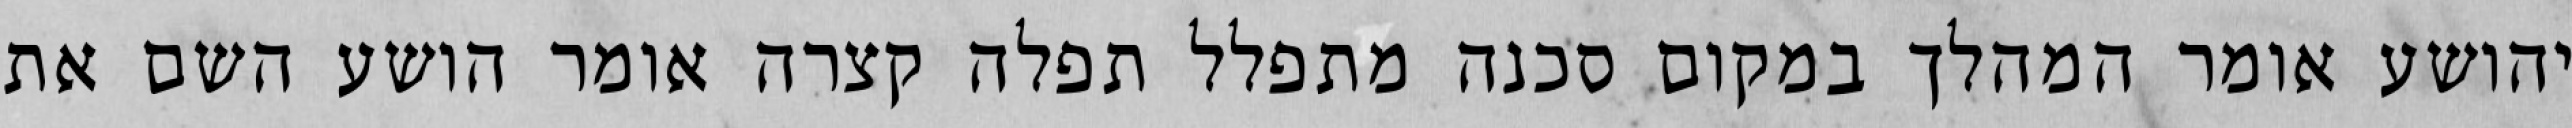
יהושע אומר המהלך במקום סכנה מתפלל תפלה קצרה אומר הושע השם את